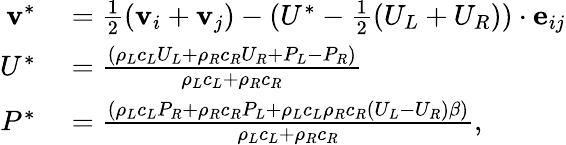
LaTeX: \begin{array}{rl}{\textbf{v}^{*}}&{{}=\frac{1}{2}(\textbf{v}_{i}+\textbf{v}_{j})-(U^{*}-\frac{1}{2}(U_{L}+U_{R}))\cdot\textbf{e}_{ij}}\\ {U^{*}}&{{}=\frac{(\rho_{L}c_{L}U_{L}+\rho_{R}c_{R}U_{R}+P_{L}-P_{R})}{\rho_{L}c_{L}+\rho_{R}c_{R}}}\\ {P^{*}}&{{}=\frac{\left(\rho_{L}c_{L}P_{R}+\rho_{R}c_{R}P_{L}+\rho_{L}c_{L}\rho_{R}c_{R}\left(U_{L}-U_{R}\right)\beta\right)}{\rho_{L}c_{L}+\rho_{R}c_{R}},}\end{array}